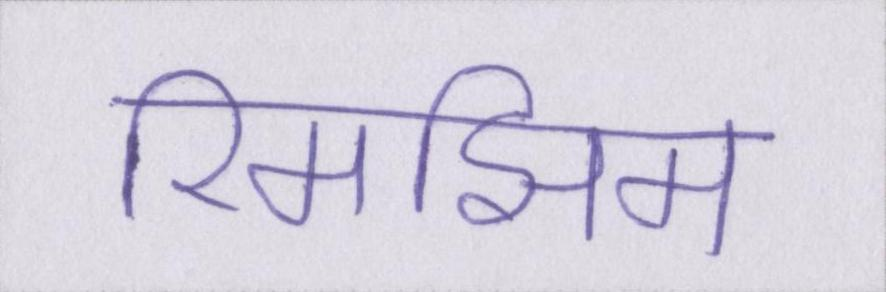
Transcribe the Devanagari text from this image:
रिमझिम